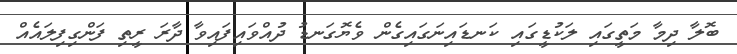
ބޮލާ ދިމާ މަތީގައި ލަކުޑީގައި ކަނޑައިނަގައިގެން ވެޔޮގަނޑު ދުއްވައިފައިވާ ދާރަ ރީތި ފަންގިފިލައެއް